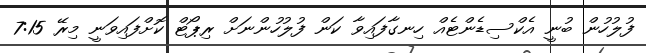
ފުލުހުން ބުނީ އެކްސިޑެންޓެއް ހިނގާފައިވާ ކަން ފުލުހުންނަށް ރިޕޯޓް ކޮށްފައިވަނީ މިރޭ 7:15